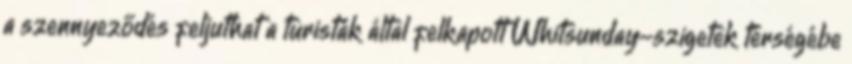
a szennyeződés feljuthat a turisták által felkapott Whitsunday-szigetek térségébe